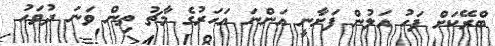
ބްރޭކަށް ފަހު އަލުން ފަށާނީ އަންނަ އަހަރުގެ މާޗު ތިން ވަނަ ދުވަހު